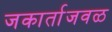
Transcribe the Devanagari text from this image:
जकार्ताजवळ